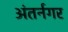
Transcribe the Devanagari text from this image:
अंतर्नगर